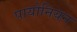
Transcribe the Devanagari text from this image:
पायोनियन